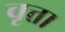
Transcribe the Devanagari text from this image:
वृत्ता